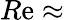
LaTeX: R\mathrm{e}\approx